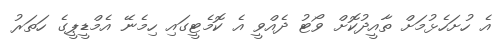
އެ ހުށަހެޅުމަށް ތާއީދުކޮށް ވޯޓު ދެއްވީ އެ ކޮމެޓީގައި ހިމެނޭ އެމްޑީޕީގެ ހަތަރު